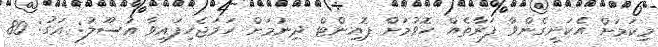
މިކަމަށް އެކަށީގެންވާ ފަރާތެއް ހޮވުމަށް ޕޮއިންޓް ދިނުމަށް ހަމަޖެހިފައިވާ އުސޫލު: އަގު: 80